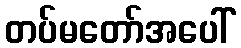
တပ်မတော်အပေါ်